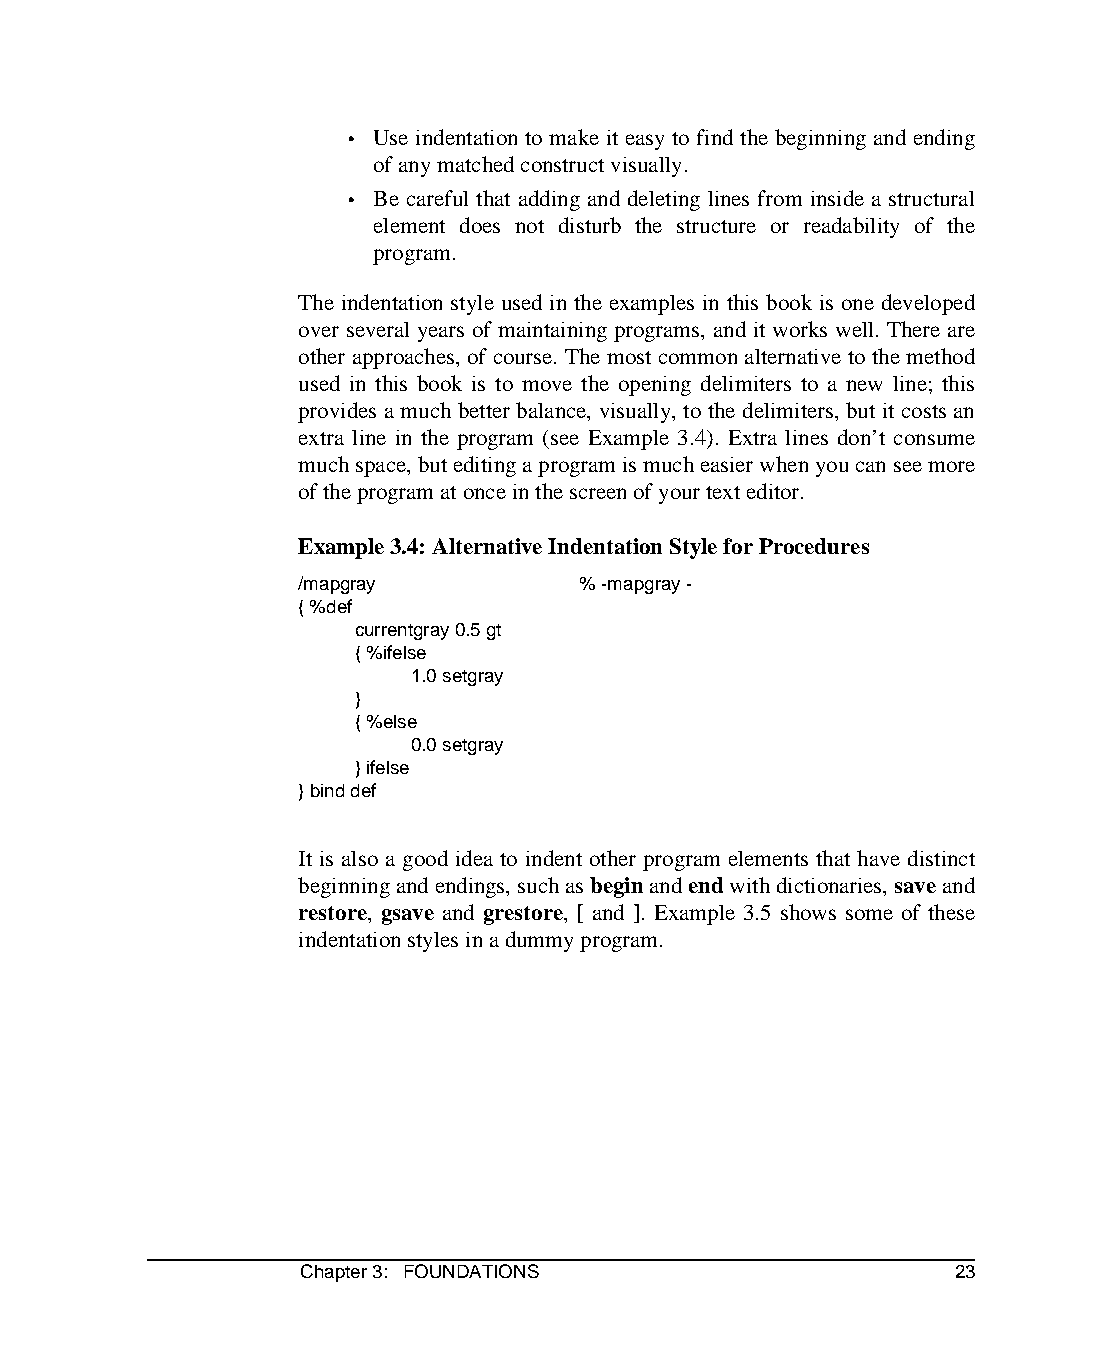
• Use indentation to make it easy to find the beginning and ending
 of any matched construct visually.
 • Be careful that adding and deleting lines from inside a structural
 element does not disturb the structure or readability of the
 program.
 The indentation style used in the examples in this book is one developed
 over several years of maintaining programs, and it works well. There are
 other approaches, of course. The most common alternative to the method
 used in this book is to move the opening delimiters to a new line; this
 provides a much better balance, visually, to the delimiters, but it costs an
 extra line in the program (see Example 3.4). Extra lines don’t consume
 much space, but editing a program is much easier when you can see more
 of the program at once in the screen of your text editor.
 Example 3.4: Alternative Indentation Style for Procedures
 /mapgray           % -mapgray -
 { %def
 currentgray 0.5 gt
 { %ifelse
 1.0 setgray
 }
 { %else
 0.0 setgray
 } ifelse
 } bind def
 It is also a good idea to indent other program elements that have distinct
 beginning and endings, such as begin and end with dictionaries, save and
 restore, gsave and grestore, [ and ]. Example 3.5 shows some of these
 indentation styles in a dummy program.
 Chapter 3: FOUNDATIONS                     23